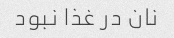
نان در غذا نبود